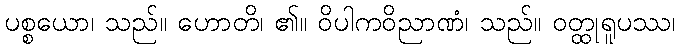
ပစ္စယော၊ သည်။ ဟောတိ၊ ၏။ ဝိပါကဝိညာဏံ၊ သည်။ ဝတ္ထုရူပဿ၊